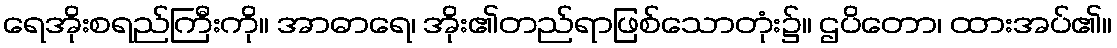
ရေအိုးစရည်ကြီးကို။ အာဓာရေ၊ အိုး၏တည်ရာဖြစ်သောတုံး၌။ ဌပိတော၊ ထားအပ်၏။